Report on sanitation, dispensaries, and jails in Rajputana for 1919, and on vaccination for the year 1919-1920 - 1919-1920
Year: 1919
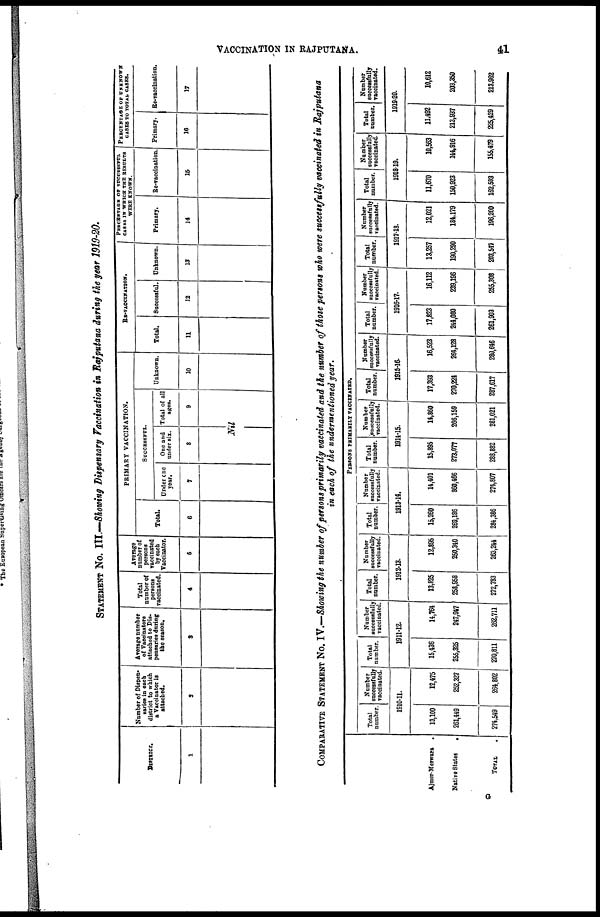
VACCINATION IN RAJPUTANA.
41
STATEMENT No. III.—Showing Dispensary Vaccination in Rajputana during the year 1919-20.
DISTRICT.
1
Number of Dispen-
saries in each
district to which
a Vaccinator is
attached.
2
Average number
of Vaccinators
attached to Dis-
pensaries during
the season.
3
Total
number of
persons
vaccinated.
4
Average
number of
persons
vaccinated
by each
Vaccinator.
5
PRIMARY VACCINATION.
Total.
6
SUCCESSFUL.
Under one
year.
7
One and
under six.
8
Total of all
ages.
9
Nil
Unknown.
10
RE-VACCINATION.
Total.
11
Successful.
12
Unknown.
13
PERCENTAGE OF SUCCESSFUL
CASES IN WHICH THE RESULTS
WERE KNOWN.
Primary.
14
Re-vaccination.
15
PERCENTAGE OF UNKNOWN
CASES TO TOTAL CASES.
Primary.
16
Re-vaccination.
17
COMPARATIVE STATEMENT No. IV.—Showing the number of persons primarily vaccinated and the number of those persons who were successfully vaccinated in Rajputana
in each of the undermentioned year.
Ajmer-Merwara .
Native States .
TOTAL .
PERSONS PRIMARILY VACCINATED.
Total
number.
Number
successfully
vaccinated.
1910-11.
13,100
261,449
274,549
12,475
252,327
264,802
Total
number.
Number
successfully
vaccinated.
1911-12.
15,436
255,325
270,811
14,764
247,947
262,711
Total
number.
Number
successfully
vaccinated.
1912-13.
13,825
258,958
272,783
12,895
250,340
263,244
Total
number.
Number
successfully
vaccinated.
1913-14.
15,260
269,186
284,386
14,401
860,466
274,807
Total
number.
Number
successfully
vaccinated.
1914-15.
15,895
273,077
288,882
14,860
266,159
281,021
Total
number.
Number
successfully
vaccinated.
1915-16.
17,392
270,224
287,617
16,523
264,128
280,646
Total
number.
Number
succeesfully
vaccinated.
1916-17.
17,823
244,080
261,903
16,112
239,196
255,308
Total
number.
Number
successfully
vaccinated.
1917-18.
13,257
190,290
203,547
12,021
184,179
196,200
Total
number.
Number
successfully
vaccinated.
1918-19.
11,670
150,923
162,583
10,563
144,916
155,479
Total
number.
Number
successfully
vaccinated.
1919-20.
11,492
213,937
225,429
10,612
203,250
213,962
G